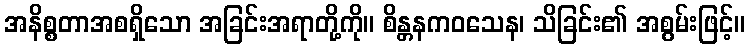
အနိစ္စတာအစရှိသော အခြင်းအရာတို့ကို။ စိန္တနကဝသေန၊ သိခြင်း၏ အစွမ်းဖြင့်။